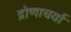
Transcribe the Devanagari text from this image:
द्रोणाचर्या